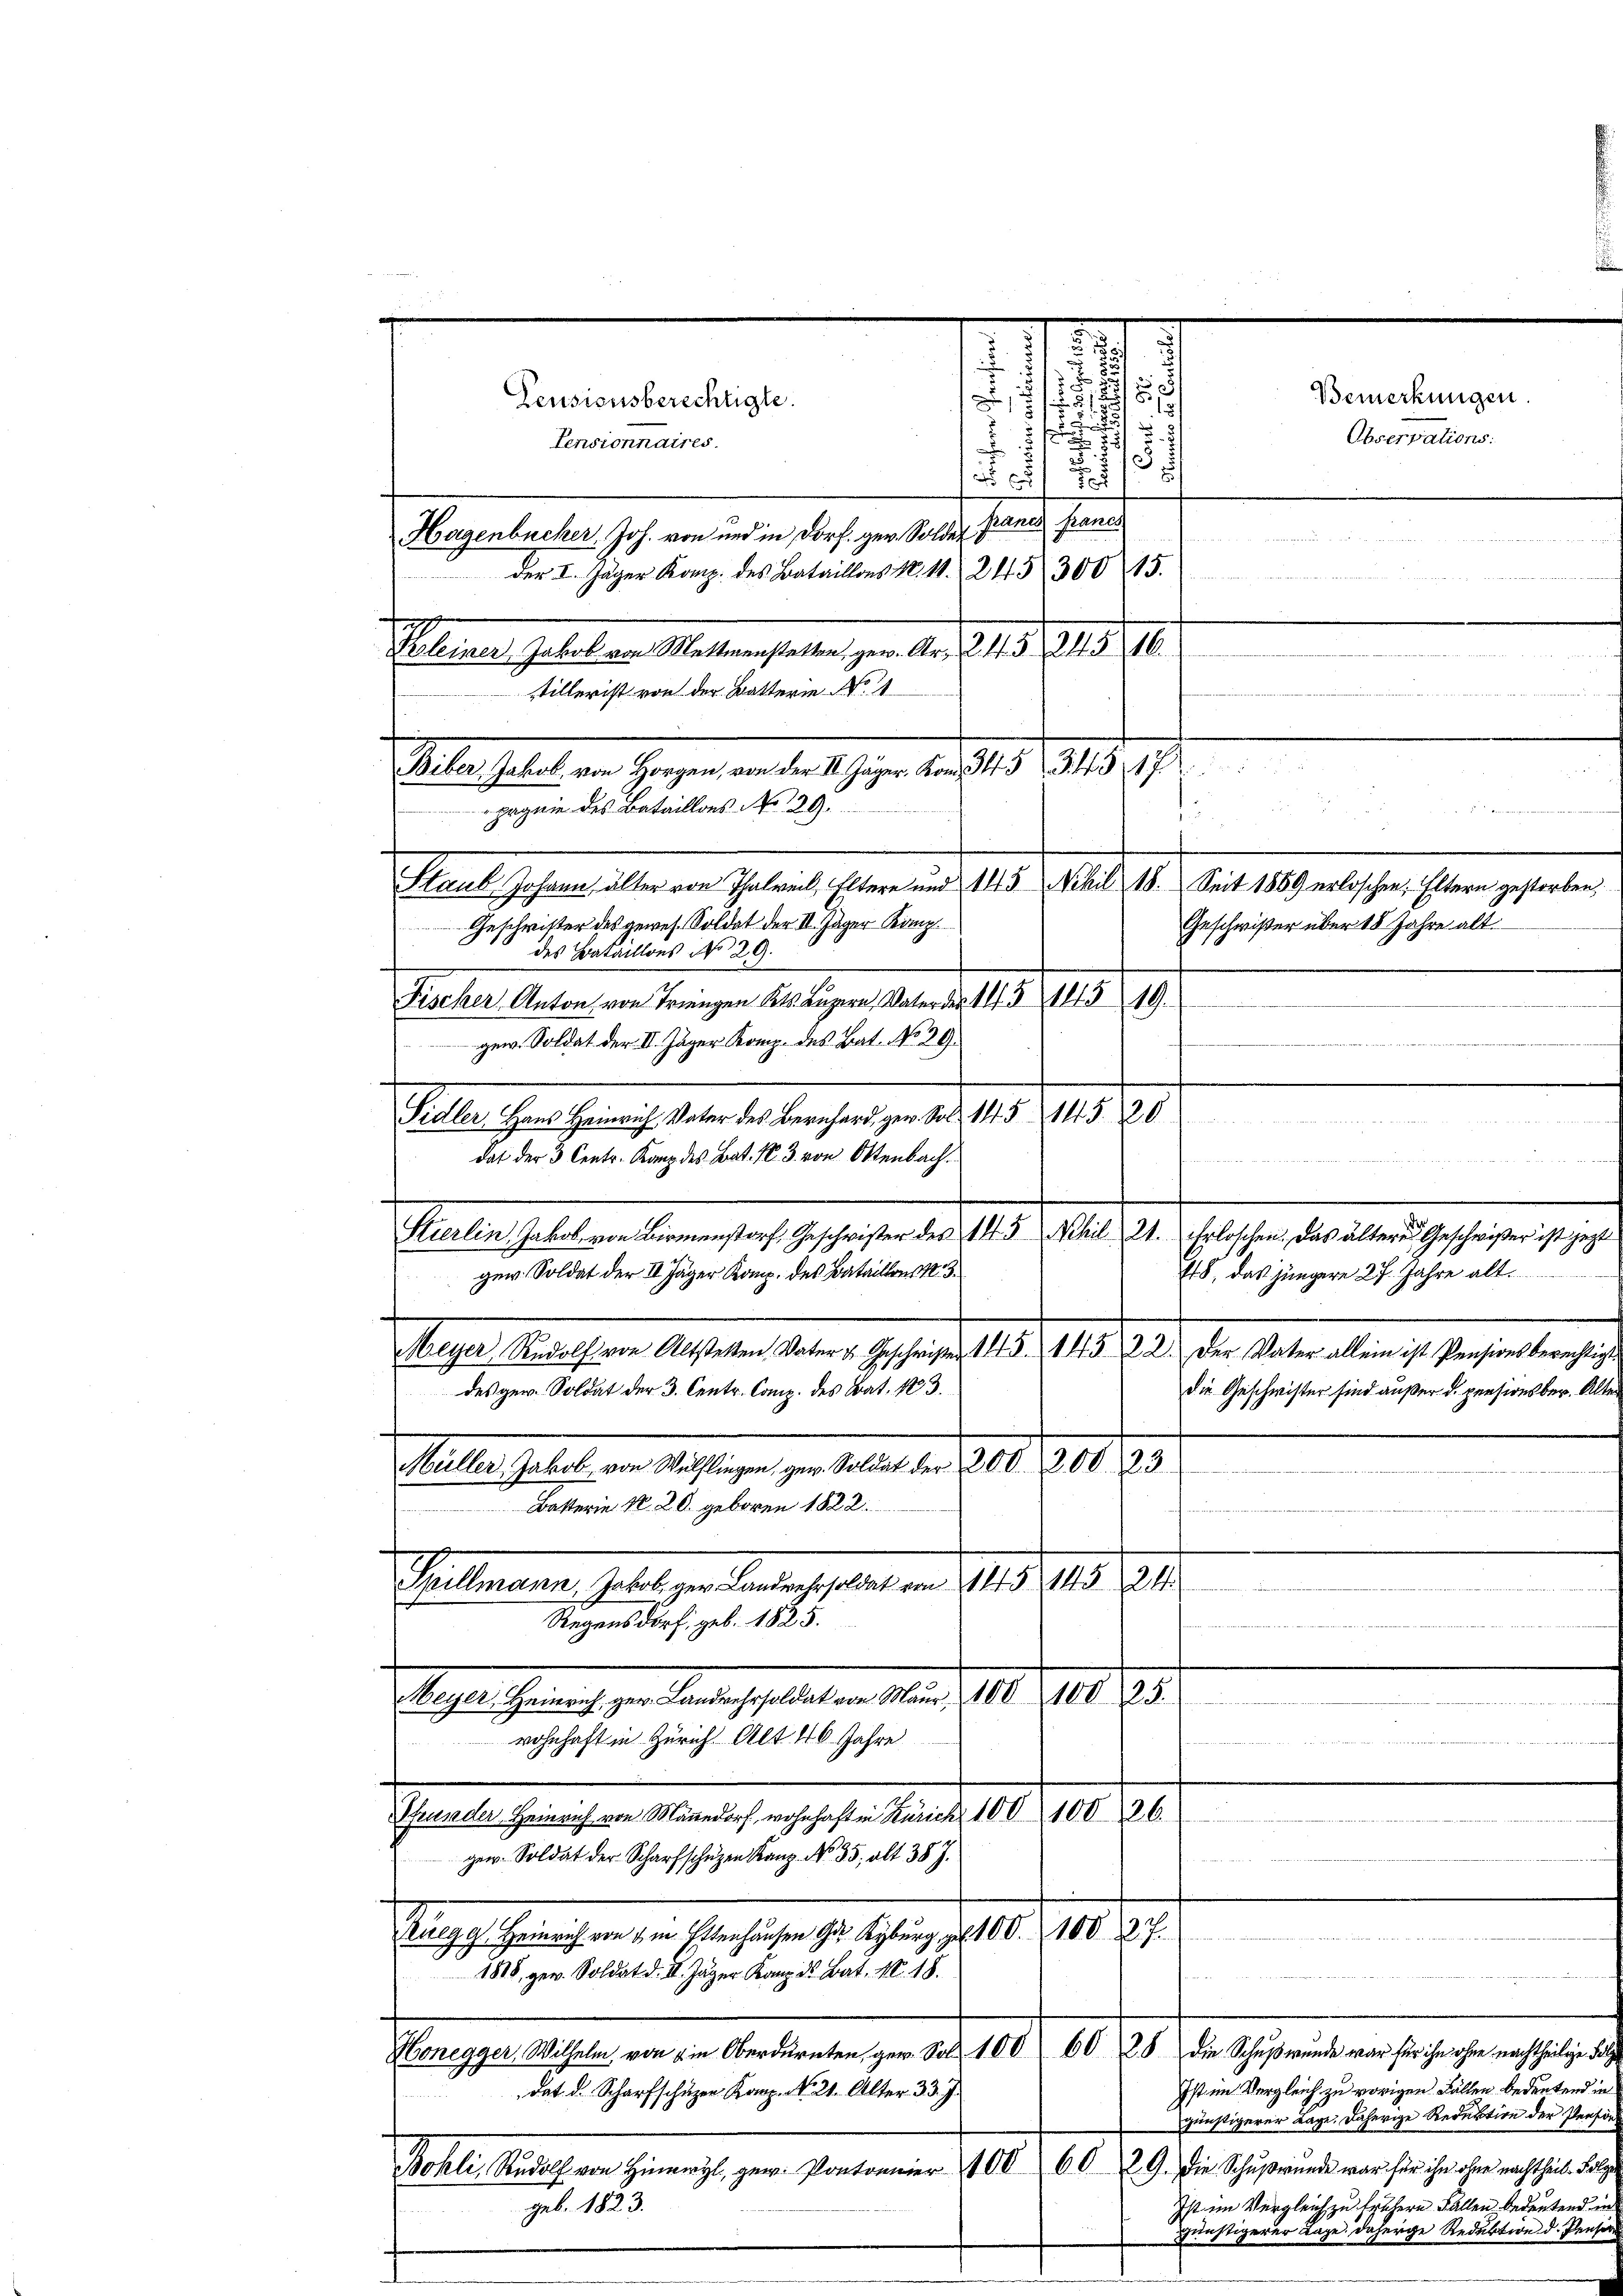
.
e
5
7

de
Bemerkungen
Pensionsberechtigte.
5

Pensionnaires.
2
.
 0 x
Kugerlicher Joh. von und den dies gen solle stand, hande
 u es nun den nur werde
der I. Jäger Komp. des Bataillons N. 11. 2115 300 15.

Siles Gehalt von Herzen an der A. Gegen den 1419. 319. 1792.
Geschrifter des gewes. Soldat der III. Zuger Komp
des Bataillons No 29.
Fischer Anton von Tringen Kts. Luzern, Vater der 14 § 115 19.
gew. Soldat der III. Jäger Komp. des Bat. No 39.
Sidler, Hans Heinrich, Vater des Bernhard gew. Sol. 145. 143. 20
dat der 3. Centr. Kanz des Bat. N. 3. von Ottenbach.
Tinterhalten beren sich gesehen den 19. Mai 191. Geschen der einen gehen er sei
48, das jüngere 27. Jahre alt.
gew. Soldat der III Jäger Komp. des Bataillon N. 3.
Meyer, Rudolf von Altstetten Vater u. Geschwister 1815. 145. 22. Der Vater allein ist Pensionsberechtige
des gew. Soldat der 3. Centr. Comp. des Bat. 183
die Geschwister sind außer d. pensionsber. Alte
Seiter Gelege von Rechtigen zur Betrag der 1808. 318. Er
 Batterie N. 20. geboren 1822.
s
d
Paulinearer Gattigen dem ich heute in
iten der mit der
.
Regensdorf, geb. 1825.
2
Sachenschenrecht zur Transtalten Mund 1810. 1911.
wohnhaft in Zürich Alt 40 Jahre
Pfrunder Heinrich von Mänedorf wohnhaft in Zürich 100 10026.
ger. Soldat der Scharfschützen Kanz. No. 35. alt 38 J.
Singesichenrechen zu Hanshagen der Gesung 1810. 198 f.
1888, gew. Soldat d. II. Jäger Kanz. d. Bat. No. 18.
en
Honegger, Wilhelm, von die Oberdürnten gew. Sol. 100 60 28 die Schußwunde war für ihn ohne nachtheilige Folg
Ist im Vergleich zu vorigen Fällen bedeutend in
dat d. Scharfschüzen Kanz. No. 21. Alter 33. J.
günstigerer Lage. Daherige Reduktion der Person
Bosli, Rŭdolf von Hinwyl gew. Pontonier 100 60 l. 9. die Schŭβwŭrde war für ihn ohne nachtheil. Folge
Ist im Vergleich zu frühern Fällen bedeutend in
geb. 1823.
günstigerer Lage. Daherige Reduktion d. Pensire

Pelerner Gelater Machtenstalten gern Al. 21. d. 118. 18.
stillerist von der Batterie No 1
pagnie des Bataillons No 129.

2
f
Staub Johann älter von Thalweil, Eltern und 145 Nchil 18. Seit 1859 erloschen, Eltern gestorben,
Geschwißer über 18 Jahre alt

Observations: